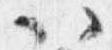
以